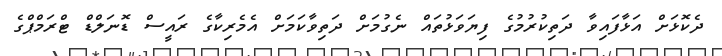
ދެކޮޅަށް އަޅާފައިވާ ދަތިކުރުމުގެ ފިޔަވަޅުތައް ނެގުމަށް ދަތިވާކަމަށް އެމެރިކާގެ ރައީސް ޑޮނަލްޑް ޓްރަމްޕްގެ